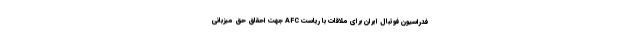
فدراسیون فوتبال ایران برای ملاقات با ریاست AFC جهت احقاق حق میزبانی